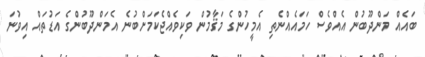
ބައެއް މަންދޫބުން އެއްވެސް ހަމައެއްނެތި އެމީހުންގެ މަޤާމުން ވަކިވެއްޖެކަމަށްބުނެ އެމަންދޫބުންގެ އަޑުތައް އިވުނަ